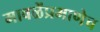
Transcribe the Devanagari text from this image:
मावळेंप्रमाणेच